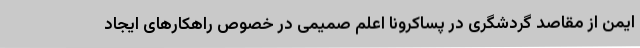
ایمن از مقاصد گردشگری در پساکرونا اعلم صمیمی در خصوص راهکارهای ایجاد